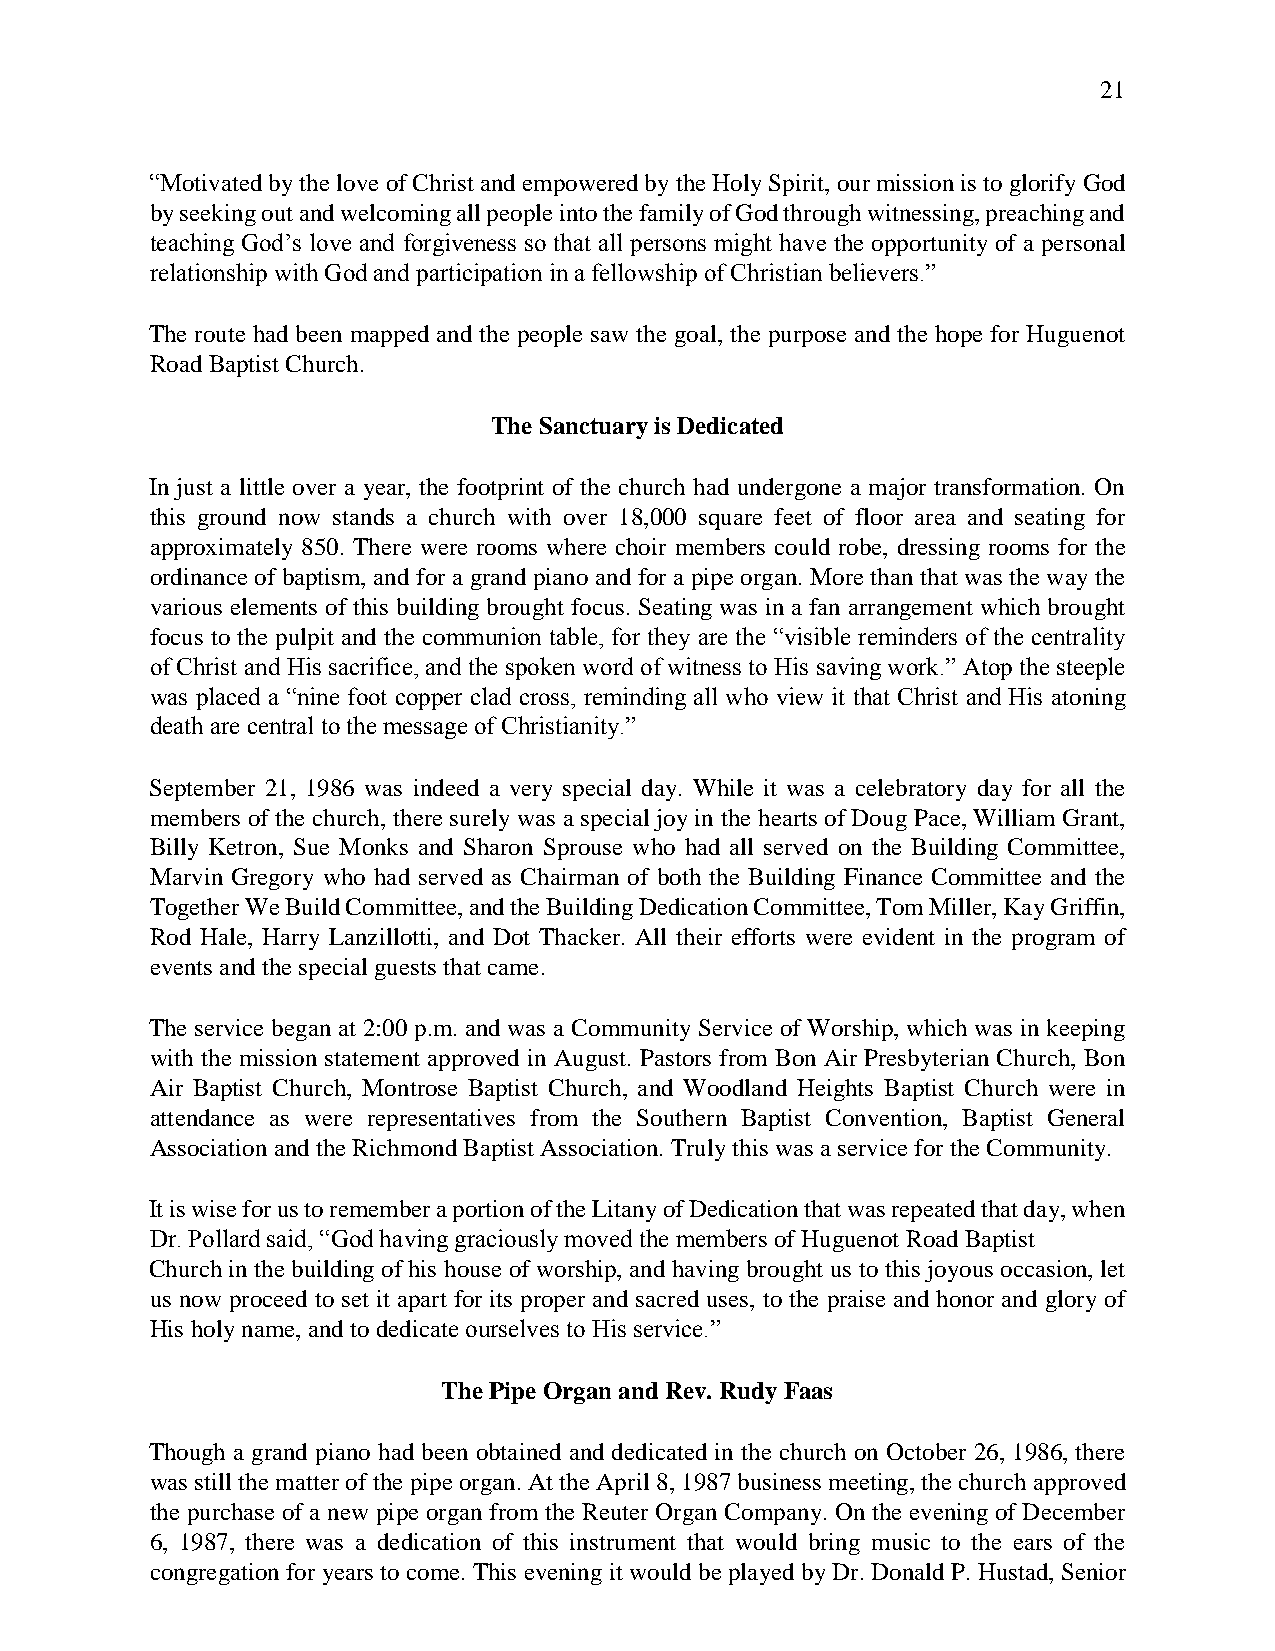
21
 “Motivated by the love of Christ and empowered by the Holy Spirit, our mission is to glorify God
 by seeking out and welcoming all people into the family of God through witnessing, preaching and
 teaching God’s love and forgiveness so that all persons might have the opportunity of a personal
 relationship with God and participation in a fellowship of Christian believers.”
 The route had been mapped and the people saw the goal, the purpose and the hope for Huguenot
 Road Baptist Church.
 The Sanctuary is Dedicated
 In just a little over a year, the footprint of the church had undergone a major transformation. On
 this ground now stands a church with over 18,000 square feet of floor area and seating for
 approximately 850. There were rooms where choir members could robe, dressing rooms for the
 ordinance of baptism, and for a grand piano and for a pipe organ. More than that was the way the
 various elements of this building brought focus. Seating was in a fan arrangement which brought
 focus to the pulpit and the communion table, for they are the “visible reminders of the centrality
 of Christ and His sacrifice, and the spoken word of witness to His saving work.” Atop the steeple
 was placed a “nine foot copper clad cross, reminding all who view it that Christ and His atoning
 death are central to the message of Christianity.”
 September 21, 1986 was indeed a very special day. While it was a celebratory day for all the
 members of the church, there surely was a special joy in the hearts of Doug Pace, William Grant,
 Billy Ketron, Sue Monks and Sharon Sprouse who had all served on the Building Committee,
 Marvin Gregory who had served as Chairman of both the Building Finance Committee and the
 Together We Build Committee, and the Building Dedication Committee, Tom Miller, Kay Griffin,
 Rod Hale, Harry Lanzillotti, and Dot Thacker. All their efforts were evident in the program of
 events and the special guests that came.
 The service began at 2:00 p.m. and was a Community Service of Worship, which was in keeping
 with the mission statement approved in August. Pastors from Bon Air Presbyterian Church, Bon
 Air Baptist Church, Montrose Baptist Church, and Woodland Heights Baptist Church were in
 attendance as were representatives from the Southern Baptist Convention, Baptist General
 Association and the Richmond Baptist Association. Truly this was a service for the Community.
 It is wise for us to remember a portion of the Litany of Dedication that was repeated that day, when
 Dr. Pollard said, “God having graciously moved the members of Huguenot Road Baptist
 Church in the building of his house of worship, and having brought us to this joyous occasion, let
 us now proceed to set it apart for its proper and sacred uses, to the praise and honor and glory of
 His holy name, and to dedicate ourselves to His service.”
 The Pipe Organ and Rev. Rudy Faas
 Though a grand piano had been obtained and dedicated in the church on October 26, 1986, there
 was still the matter of the pipe organ. At the April 8, 1987 business meeting, the church approved
 the purchase of a new pipe organ from the Reuter Organ Company. On the evening of December
 6, 1987, there was a dedication of this instrument that would bring music to the ears of the
 congregation for years to come. This evening it would be played by Dr. Donald P. Hustad, Senior